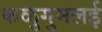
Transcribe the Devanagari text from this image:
कळुगुमलई